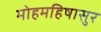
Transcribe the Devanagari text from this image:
मोहमहिषासुर